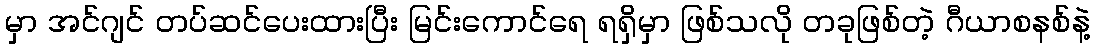
မှာ အင်ဂျင် တပ်ဆင်ပေးထားပြီး မြင်းကောင်ရေ ရရှိမှာ ဖြစ်သလို တခုဖြစ်တဲ့ ဂီယာစနစ်နဲ့